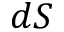
d S